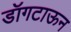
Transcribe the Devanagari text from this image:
डॉगटाऊन